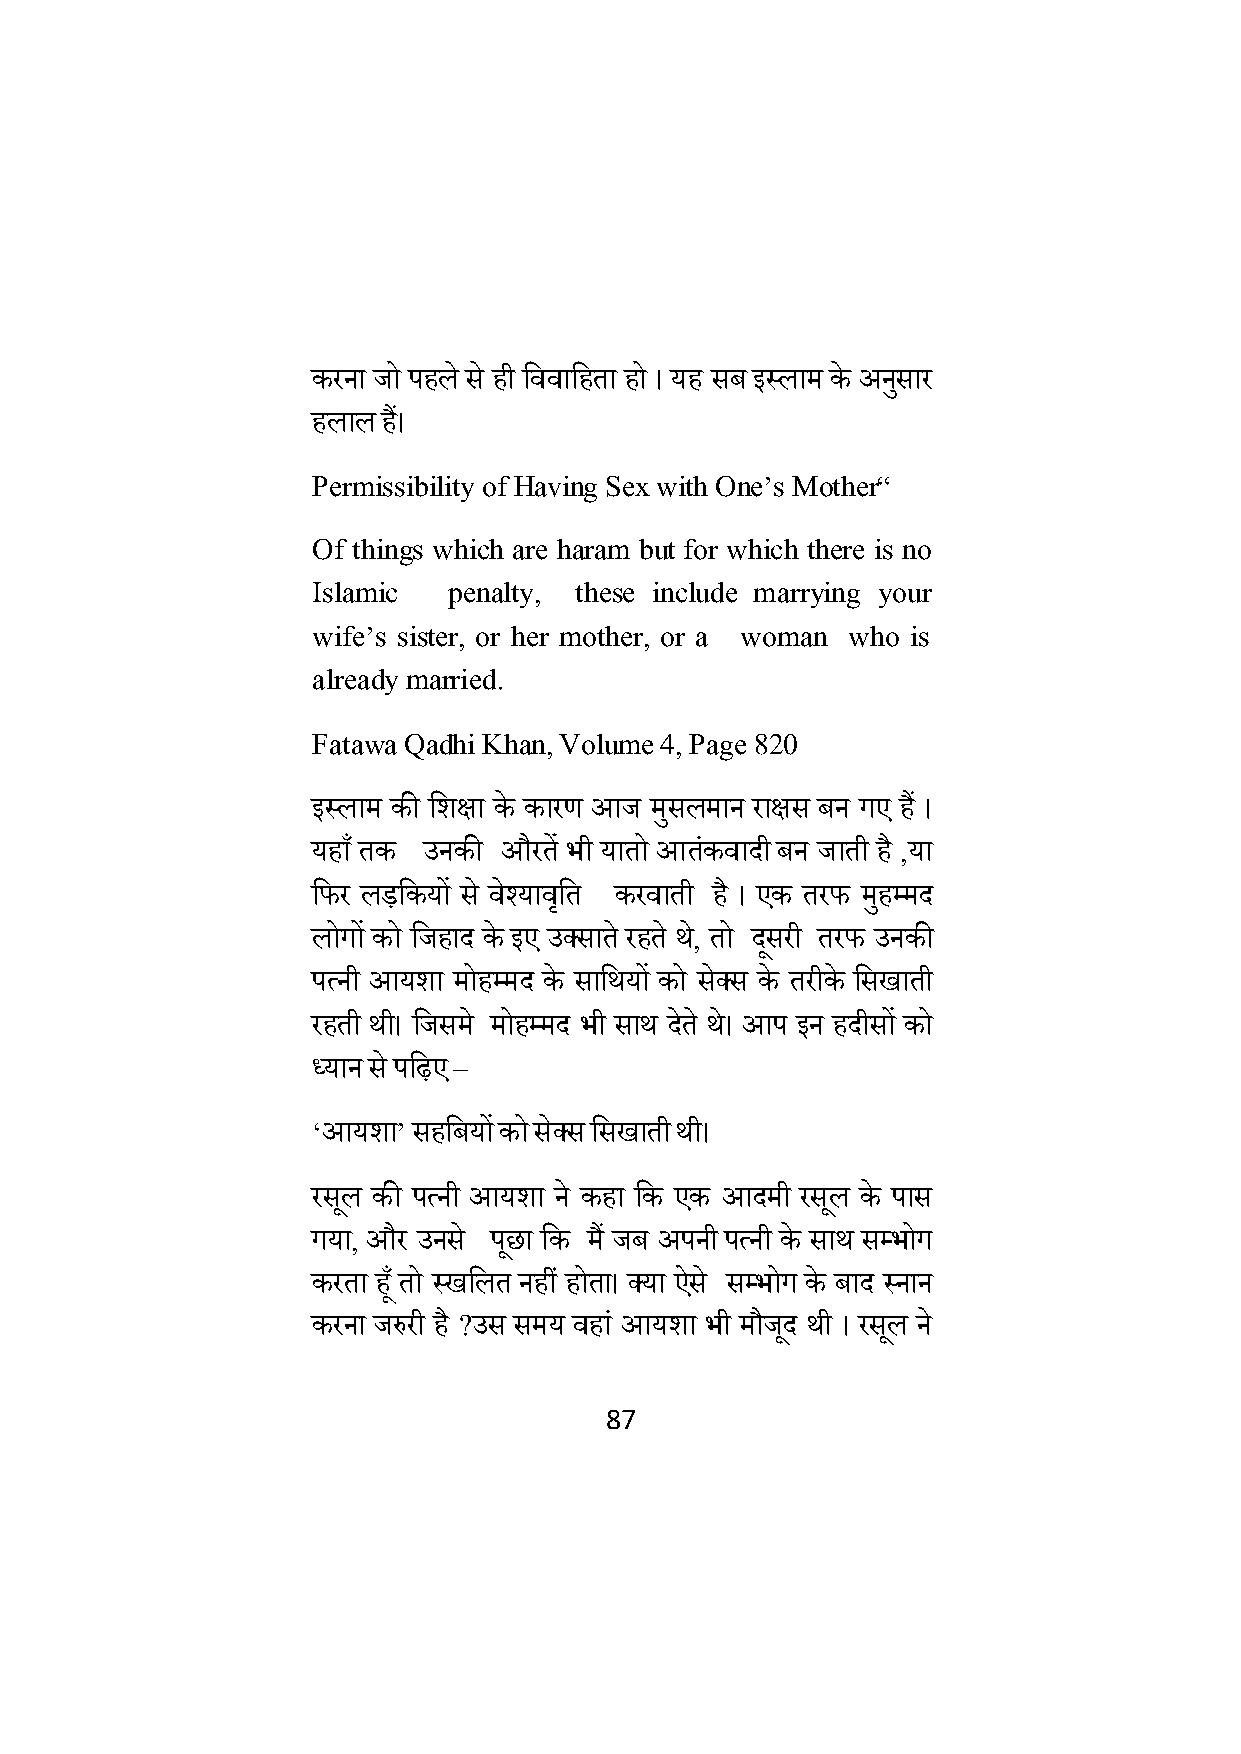
करना जो पहल े से ही क्षववाक्षहता हो । यह सब इललाम के अनसु ार
 हलाल ह।ैं
 Permissibility of Having Sex with One’s Mother‚
 Of things which are haram but for which there is no
 Islamic  penalty, these include marrying your
 wife’s sister, or her mother, or a woman who is
 already married.
 Fatawa Qadhi Khan, Volume 4, Page 820
 इललाम की क्षििा के कारण आज मसु लमान रािस बन गए ह ैं ।
 यहााँ तक उनकी औरत ें भी यातो आतंकवादी बन जाती है ,या
 क्षर्र लड़क्षकयों स े वेश्यावक्षृ त करवाती है । एक तरर् महु म्मद
 लोगों को क्षजहाद के इए उक्सात े रहत े थ,े तो दसू री तरर् उनकी
 पत्नी आयिा मोहम्मद के साक्षथयों को सेक्स के तरीके क्षसखाती
 रहती थी। क्षजसम े मोहम्मद भी साथ देत े थे। आप इन हदीसों को
 ध्यान से पक्षढ़ए –
 ‘आयिा’ सहक्षबयों को सेक्स क्षसखाती थी।
 रसलू की पत्नी आयिा ने कहा क्षक एक आदमी रसलू के पास
 गया, और उनस े पछू ा क्षक मैं जब अपनी पत्नी के साथ सम्भोग
 करता हूाँ तो लखक्षलत नहीं होता। क्या ऐस े सम्भोग के बाद लनान
 करना जरुरी है ?उस समय वहा ं आयिा भी मौजदू थी । रसलू ने
 87